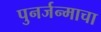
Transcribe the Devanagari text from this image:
पुनर्जन्माचा